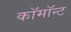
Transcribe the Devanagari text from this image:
कॉमॉन्ट